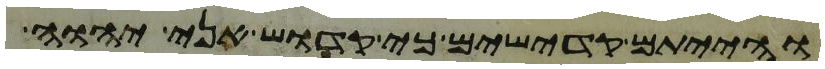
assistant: והייתם קדישים כי קדוש אני יהוה